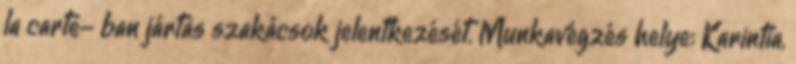
la carte- ban jártas szakácsok jelentkezését. Munkavégzés helye: Karintia,